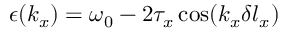
\epsilon ( k _ { x } ) = \omega _ { 0 } - 2 \tau _ { x } \cos ( k _ { x } \delta l _ { x } )